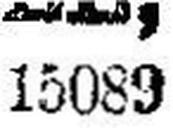
15089